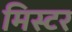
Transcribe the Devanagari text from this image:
मिस्‍टर